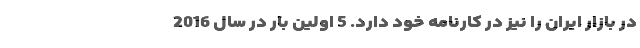
در بازار ایران را نیز در کارنامه خود دارد. 5 اولین بار در سال 2016